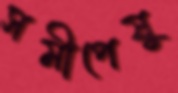
সমীপেষু